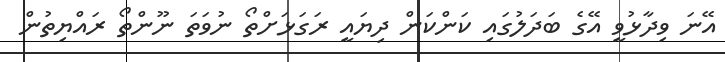
އޭނަ ވިދާޅުވީ އޭގެ ބަދަލުގައި ކަންކަން ދިޔައީ ރަގަޅަށްތޯ ނުވަތަ ނޫންތޯ ރައްޔިތުން